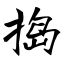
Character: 捣